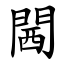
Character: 閪